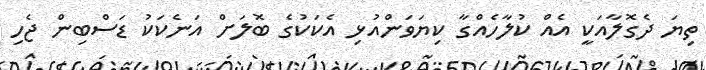
ތިޔަ ދެގޮލާއަކީ އެއް ކުލާހެއްގާ ކިޔަވަންއުޅި އެކަކުގެ ބޮލަށް އަނެކަކު ޑަސްބިން ޖެހި